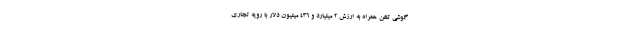
گوشی تلفن همراه به ارزش 2 میلیارد و 436 میلیون دلار با رویه تجاری